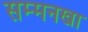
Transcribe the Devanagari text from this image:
सम्मनखा